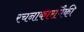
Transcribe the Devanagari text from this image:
रचनाकारांपैकी